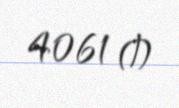
4061 ₼